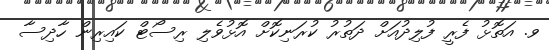
ވ. އަތޮޅު ފެރީ ފުލިދުއަށް ދަތުރު ކުރަނިކޮށް އޮޅުވެލި ރިސޯޓް ކައިރިން ހާދިސާ